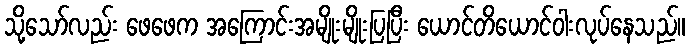
သို့သော်လည်း ဖေဖေက အကြောင်းအမျိုးမျိုးပြပြီး ယောင်တိယောင်ဝါးလုပ်နေသည်။